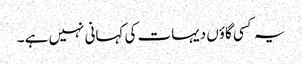
یہ کسی گاؤں دیہات کی کہانی نہیں ہے ۔